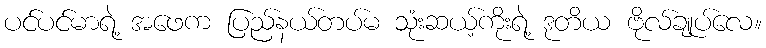
ပင်ပင်မာရဲ့ အဖေက ပြည်နယ်တပ်မ သုံးဆယ့်ကိုးရဲ့ ဒုတိယ ဗိုလ်ချုပ်လေ။